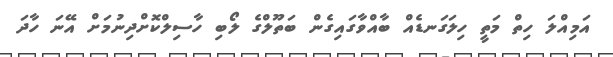
އަމިއްލަ ހިތް މަތީ ހިލަގަނޑެއް ބާއްވާގައިގެން ބަތޫލްގެ ލޯބި ހާސިލްކޮށްދިނުމަށް އޭނަ ހާދަ